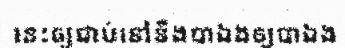
នេះឲ្យជាប់នៅនឹងបាឯងឲ្យបាឯង